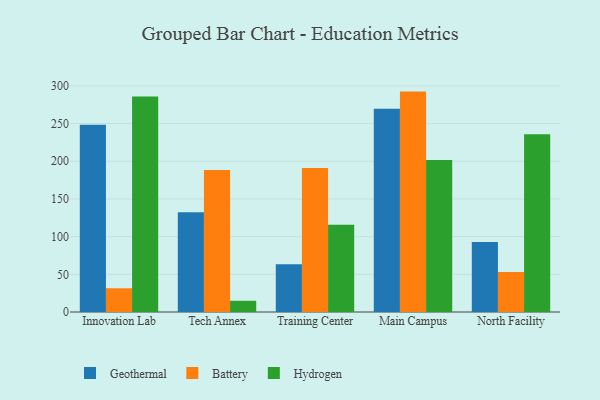
{"axis": {"x": "Campus", "y": "Tickets Resolved"}, "legend": ["Battery", "Geothermal", "Hydrogen"], "data": [{"x": "Innovation Lab", "y": 248.4, "type": "Geothermal"}, {"x": "Innovation Lab", "y": 31.5, "type": "Battery"}, {"x": "Innovation Lab", "y": 285.9, "type": "Hydrogen"}, {"x": "Tech Annex", "y": 132.3, "type": "Geothermal"}, {"x": "Tech Annex", "y": 188.5, "type": "Battery"}, {"x": "Tech Annex", "y": 14.9, "type": "Hydrogen"}, {"x": "Training Center", "y": 63.5, "type": "Geothermal"}, {"x": "Training Center", "y": 191.1, "type": "Battery"}, {"x": "Training Center", "y": 115.6, "type": "Hydrogen"}, {"x": "Main Campus", "y": 269.7, "type": "Geothermal"}, {"x": "Main Campus", "y": 292.4, "type": "Battery"}, {"x": "Main Campus", "y": 201.5, "type": "Hydrogen"}, {"x": "North Facility", "y": 92.9, "type": "Geothermal"}, {"x": "North Facility", "y": 53.1, "type": "Battery"}, {"x": "North Facility", "y": 235.8, "type": "Hydrogen"}]}